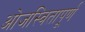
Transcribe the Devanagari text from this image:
ओजस्वितापूर्ण